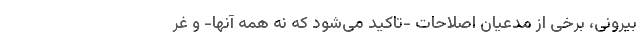
بیرونی، برخی از مدعیان اصلاحات -تاکید می‌شود که نه همه آنها- و غر